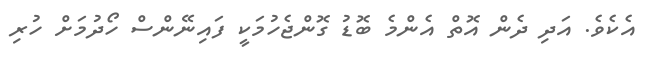
އެކެވެ. އަދި ދެން އޮތް އެންމެ ބޮޑު ގޮންޖެހުމަކީ ފައިނޭންސް ހޯދުމަށް ހުރި